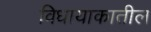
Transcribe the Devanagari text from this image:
विधायाकातील